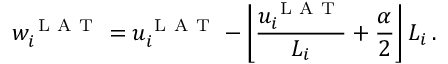
w _ { i } ^ { \mathrm { ~ L ~ A ~ T ~ } } = u _ { i } ^ { \mathrm { ~ L ~ A ~ T ~ } } - \left\lfloor \frac { u _ { i } ^ { \mathrm { ~ L ~ A ~ T ~ } } } { L _ { i } } + \frac { \alpha } { 2 } \right\rfloor L _ { i } \, .